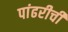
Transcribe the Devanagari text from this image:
पांढरीची